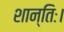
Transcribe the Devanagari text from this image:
शान्तिः।